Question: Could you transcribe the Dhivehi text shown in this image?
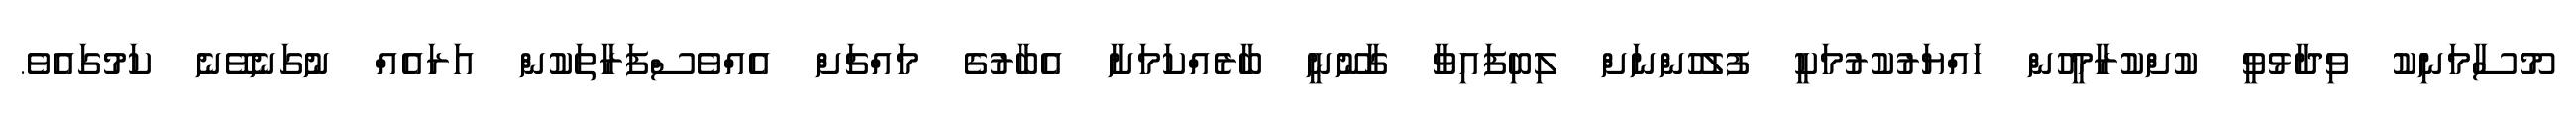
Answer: މޫސާމަނިކު ވިދާޅުވީ ކުށްކުރާމީހުން ހައްޔަރުކުރުމަކީ ފުލުހުންނަށް ލިބިފައިވާ ގާނޫނީ ބާރެއްކަމަށާ އެބާރުގެ މައްޗަށް އެއްވެސްފަރާތަކުން އަރައެއް ނުގަނެވޭނެ ކަމުގައެވެ.